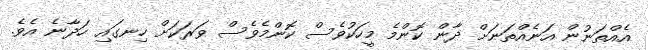
އެއްތަނުން އަނެއްތަނަށް ދާން ކޮންމެ މީހަކުވެސް ކޮންމެވެސް ވަރަކަށް ހިނގައި ހަދާނެ އެވެ.